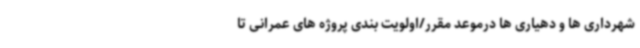
شهرداری ها و دهیاری ها درموعد مقرر/اولویت بندی پروژه های عمرانی تا